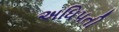
અધિપતી